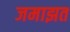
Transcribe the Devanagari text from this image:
जमाझत